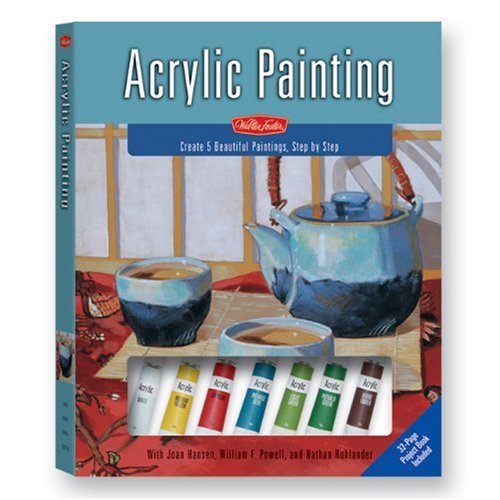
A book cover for Acrylic Painting: A Complete Painting Kit for Beginners; William F Powell; Teen & Young Adult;